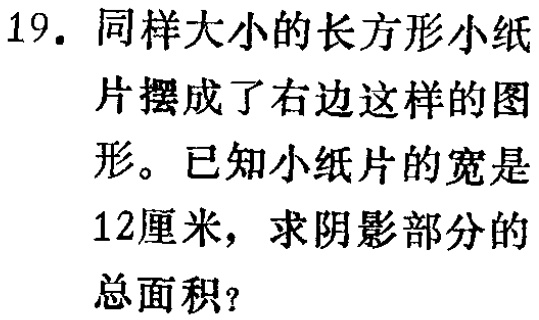
19. 同样大小的长方形小纸片摆成了右边这样的图形。已知小纸片的宽是12厘米，求阴影部分的总面积？